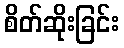
စိတ်ဆိုးခြင်း